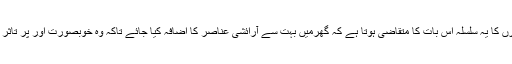
تہواورں کا یہ سلسلہ اس بات کا متقاضی ہوتا ہے کہ گھرمیں بہت سے آرائشی عناصر کا اضافہ کیا جائے تاکہ وہ خوبصورت اور پُر تاثر لگے۔